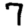
Digit: 7